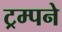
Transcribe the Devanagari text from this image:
ट्रम्पने